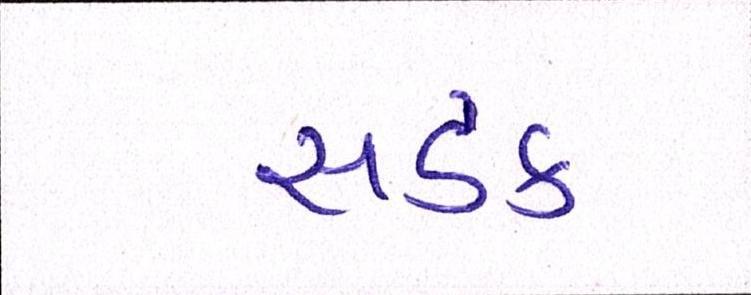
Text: સડક